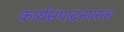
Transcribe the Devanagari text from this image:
कार्यसंपादनपरक